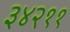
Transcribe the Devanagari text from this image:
३४२११